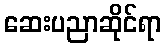
ဆေးပညာဆိုင်ရာ